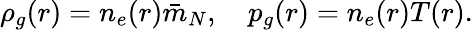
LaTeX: \begin{array}{r}{\rho_{g}(r)=n_{e}(r)\bar{m}_{N},\quad p_{g}(r)=n_{e}(r)T(r).}\end{array}